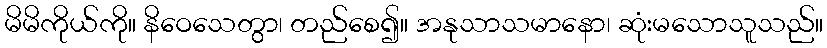
မိမိကိုယ်ကို။ နိဝေသေတွာ၊ တည်စေ၍။ အနုသာသမာနော၊ ဆုံးမသောသူသည်။